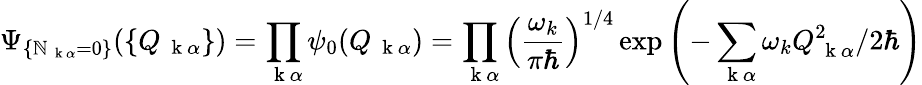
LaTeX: \Psi_{\{ \mathbb{N}_{\mathrm{{~\mathbf{~}k~}}\alpha}=0\} }(\{ Q_{\mathrm{{~\mathbf{~}k~}}\alpha}\} )=\prod_{\mathrm{{~\mathbf{~}k~}}\alpha}\psi_{0}(Q_{\mathrm{{~\mathbf{~}k~}}\alpha})=\prod_{\mathrm{{~\mathbf{~}k~}}\alpha}\left(\frac{{\omega_{k}}}{{\pi\hbar}}\right)^{1/4}\exp\left(-\sum_{\mathrm{{~\mathbf{~}k~}}\alpha}\omega_{k}Q_{\mathrm{{~\mathbf{~}k~}}\alpha}^{2}/2\hbar\right)